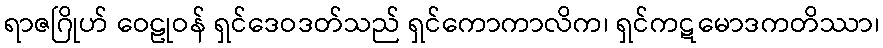
ရာဇဂြိုဟ် ဝေဠုဝန် ရှင်ဒေဝဒတ်သည် ရှင်ကောကာလိက၊ ရှင်ကဋမောဒကတိဿာ၊